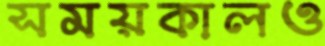
সময়কালও